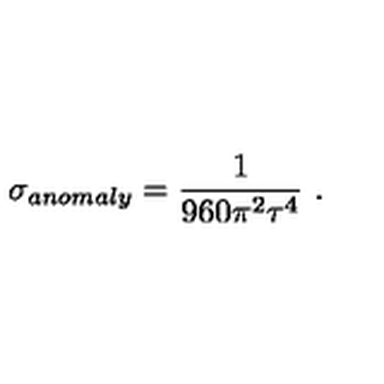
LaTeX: \sigma _ { a n o m a l y } = { \frac { 1 } { 9 6 0 \pi ^ { 2 } \tau ^ { 4 } } } \ .